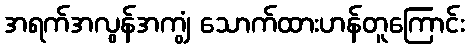
အရက်အလွန်အကျွံ သောက်ထားဟန်တူကြောင်း